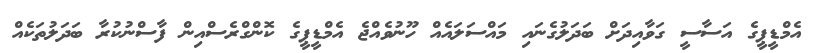
އެމްޑީޕީގެ އަސާސީ ގަވާއިދަށް ބަދަލުގެނައި މައްސަލައެއް ހޫނުވެއްޖެ އެމްޑީޕީގެ ކޮންގްރެސްއިން ފާސްނުކުރާ ބަދަލުތަކެއް